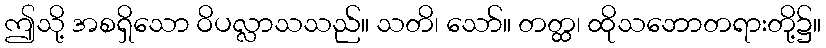
ဤသို့ အစရှိသော ဝိပလ္လာသသည်။ သတိ၊ သော်။ တတ္ထ၊ ထိုသဘောတရားတို့၌။